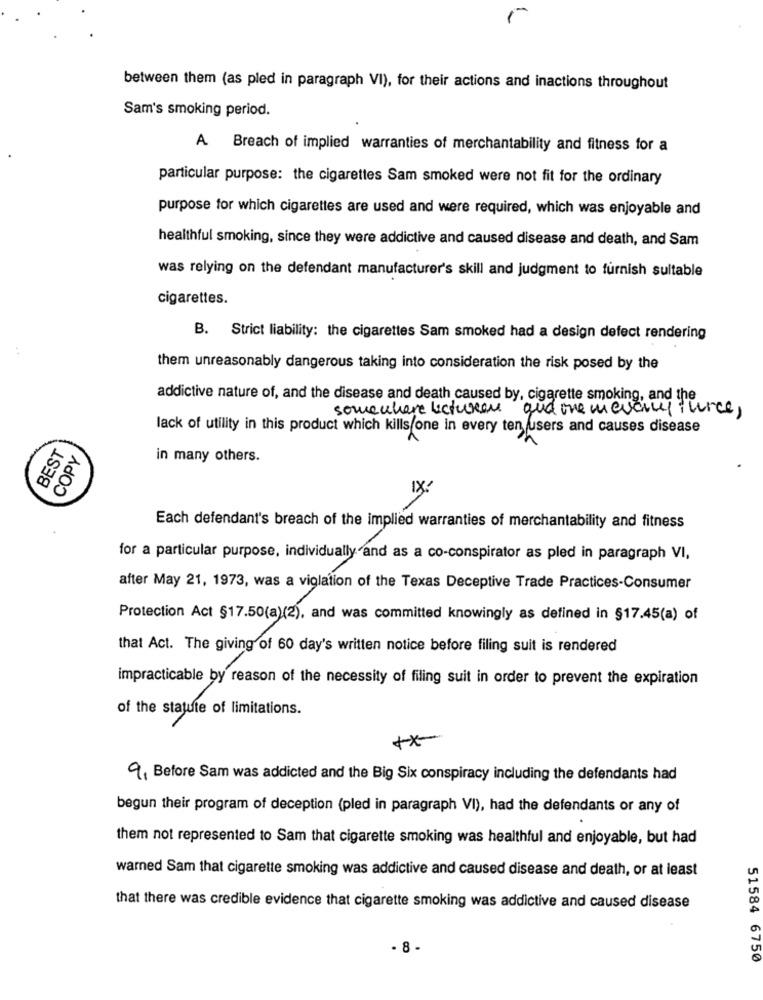
between them (as pled in paragraph VI), for their actions and inactions throughout
Sam's smoking period.
A Breach of implied warranties of merchantability and fitness for a
particular purpose: the cigarettes Sam smoked were not fit for the ordinary
purpose for which cigarettes are used and were required, which was enjoyable and
healthful smoking, since they were addictive and caused disease and death, and Sam
was relying on the defendant manufacturer's skill and judgment to furnish sultable
cigarettes.
B. Strict liability: the cigarettes Sam smoked had a design defect rendering
..
them unreasonably dangerous taking into consideration the risk posed by the
addictive nature of, and the disease and death caused by, cigarette smoking, and the
somewhere lectureans and one mevaly juice,
lack of utility in this product which kills one in every ten users and causes disease
BEST
COPY
in many others.
Each defendant's breach of the implied warranties of merchantability and fitness
for a particular purpose, individually and as a co-conspirator as pled in paragraph VI,
after May 21, 1973, was a violation of the Texas Deceptive Trade Practices-Consumer
Protection Act §17.50(a)(2), and was committed knowingly as defined in §17.45(a) of
that Act. The giving of 60 day's written notice before filing suit is rendered
impracticable by reason of the necessity of filing suit in order to prevent the expiration
+x
9, Before Sam was addicted and the Big Six conspiracy including the defendants had
begun their program of deception (pled in paragraph VI), had the defendants or any of
them not represented to Sam that cigarette smoking was healthful and enjoyable, but had
warned Sam that cigarette smoking was addictive and caused disease and death, or at least
that there was credible evidence that cigarette smoking was addictive and caused disease
. 8 -
51584 6750